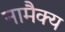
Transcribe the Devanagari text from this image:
नामैक्य